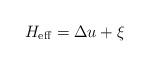
LaTeX: \begin{align*}H_\mathrm{eff}=\Delta u+ \xi \end{align*}